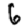
Digit: 6